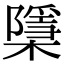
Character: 檃